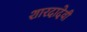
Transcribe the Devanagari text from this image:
शारदादेवी